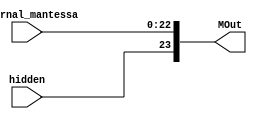
module round_5 (hidden , internal_mantessa , MOut);
input hidden;
input [22:0]internal_mantessa;
output reg [23:0]MOut;
always@(*)
begin
    MOut = {hidden , internal_mantessa};
end
endmodule